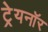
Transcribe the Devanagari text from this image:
ट्रेयनॉर